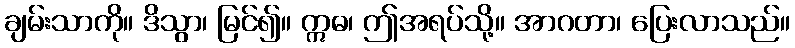
ချမ်းသာကို။ ဒိသွာ၊ မြင်၍။ ဣဓ၊ ဤအရပ်သို့။ အာဂတာ၊ ပြေးလာသည်။